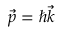
{ \vec { p } = \hbar \vec { k } }